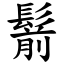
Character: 鬋